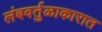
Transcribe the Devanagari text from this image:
लंबवर्तुळाकारात